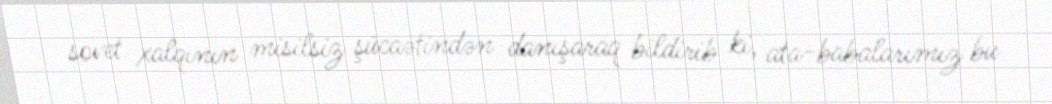
sovet xalqının misilsiz şücaətindən danışaraq bildirib ki, ata-babalarımız bu